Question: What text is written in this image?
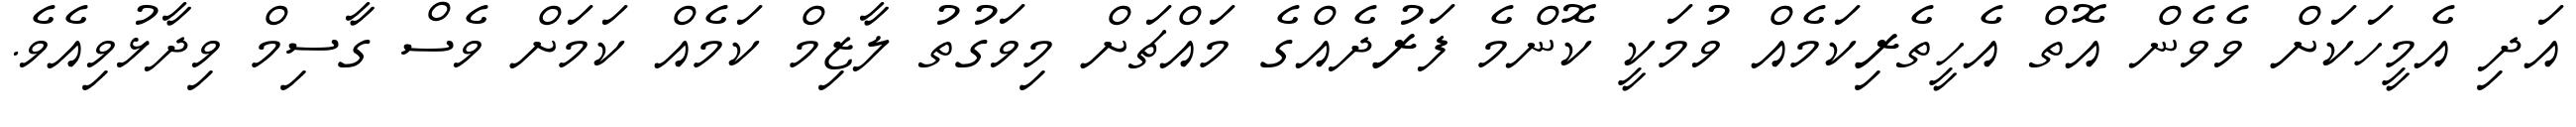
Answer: އަދި އެމީހަކަށް ވެވެން އޮތް އެހީތެރިކަމެއް ވުމަކީ ކޮންމެ ފަރުދެއްގެ މައްޗަށް މިވަގުތު ލާޒިމް ކަމެއް ކަމަށް ވެސް ގާސިމް ވިދާޅުވިއެވެ.